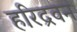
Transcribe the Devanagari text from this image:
हरिद्रवन